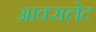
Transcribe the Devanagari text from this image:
आक्सलेट